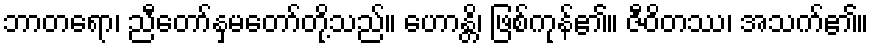
ဘာတရော၊ ညီတော်နှမတော်တို့သည်။ ဟောန္တိ၊ ဖြစ်ကုန်၏။ ဇီဝိတဿ၊ အသက်၏။